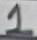
Text: 1